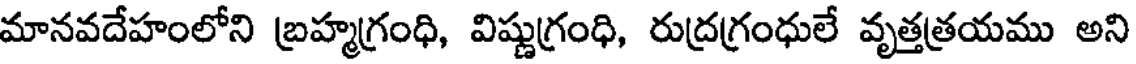
మానవదేహంలోని బ్రహ్మగ్రంధి, విష్ణుగ్రంధి, రుద్రగ్రంధులే వృత్తత్రయము అని